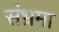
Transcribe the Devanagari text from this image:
संभ्रमा